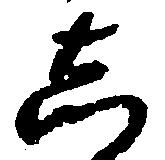
し